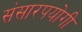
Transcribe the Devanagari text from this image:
संसारपयोगी